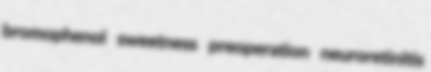
bromophenol sweetness preoperation neuroretinitis